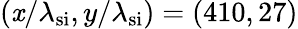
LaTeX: (\mathit{x}/\lambda_{\mathrm{{si}}},y/\lambda_{\mathrm{{si}}})=(410,27)